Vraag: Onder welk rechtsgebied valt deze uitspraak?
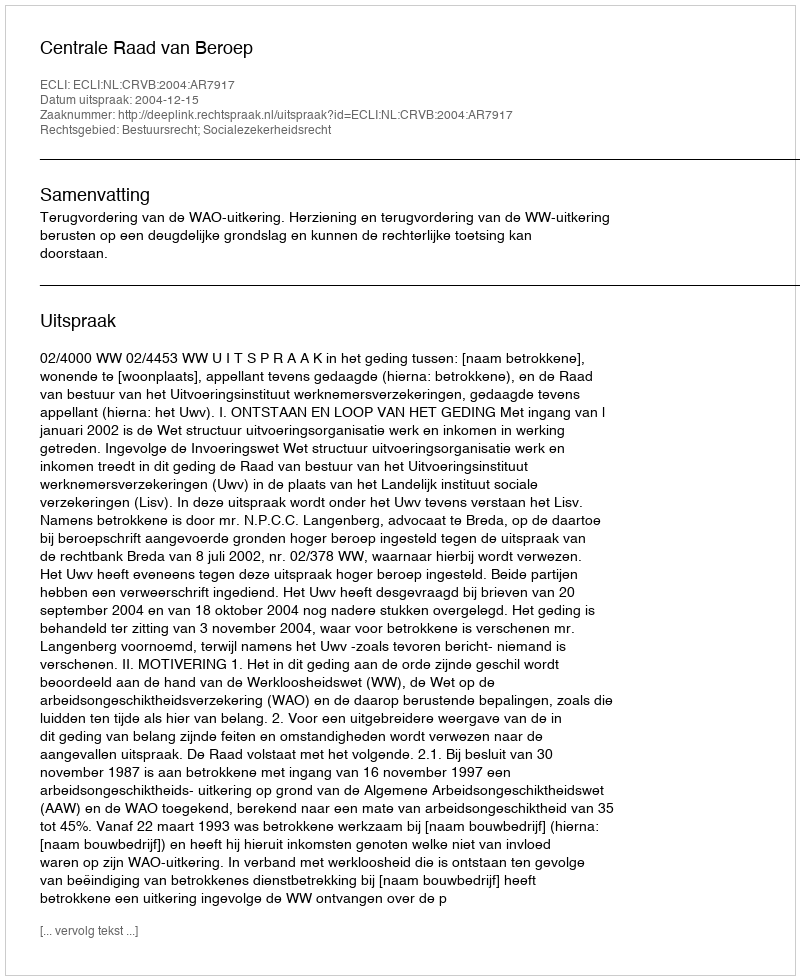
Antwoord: Bestuursrecht; Socialezekerheidsrecht